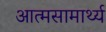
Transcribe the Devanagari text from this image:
आत्मसामार्थ्य